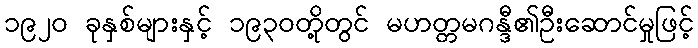
၁၉၂၀ ခုနှစ်များနှင့် ၁၉၃၀တို့တွင် မဟတ္တမဂန္ဒီ၏ဦးဆောင်မှုဖြင့်